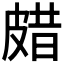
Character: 𤿸